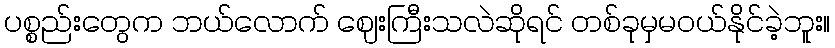
ပစ္စည်းတွေက ဘယ်လောက် ဈေးကြီးသလဲဆိုရင် တစ်ခုမှမဝယ်နိုင်ခဲ့ဘူး။